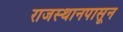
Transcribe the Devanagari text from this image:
राजस्थानपासून